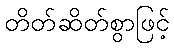
တိတ်ဆိတ်စွာဖြင့်